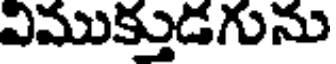
విముక్తుడగును